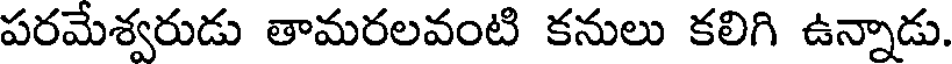
పరమేశ్వరుడు తామరలవంటి కనులు కలిగి ఉన్నాడు.